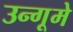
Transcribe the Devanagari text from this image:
उन्गूमे